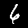
Digit: 6